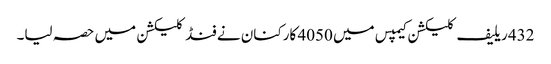
432 ریلیف کلیکشن کیمپس میں 4050 کارکنان نے فنڈ کلیکشن میں حصہ لیا۔